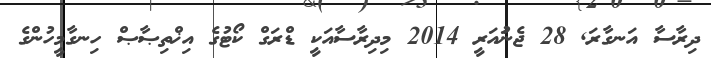
ދިރާސާ އަނގާރަ